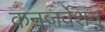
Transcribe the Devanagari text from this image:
कनज़र्वेशन